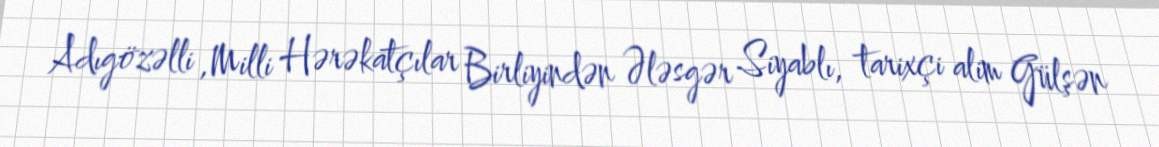
Adıgözəlli ,Milli Hərəkatçılar Birliyindən Ələsgər Siyablı, tarixçi alim Gülşən